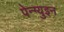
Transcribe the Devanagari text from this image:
पेन्ग्युइन